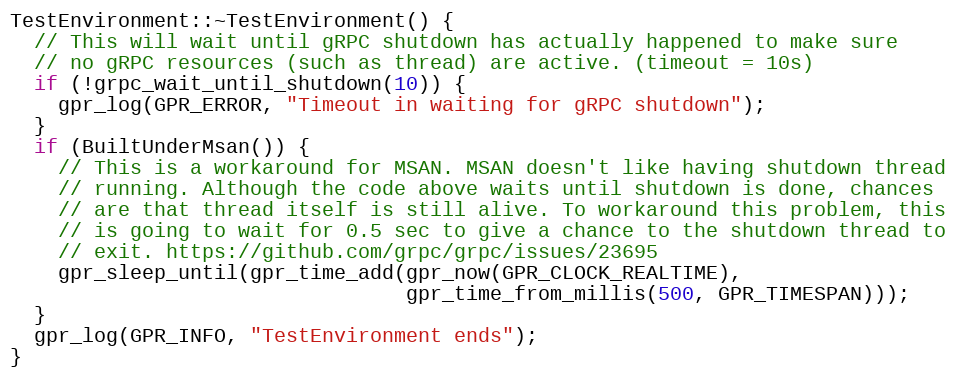
Language: C++
TestEnvironment::~TestEnvironment() {
  // This will wait until gRPC shutdown has actually happened to make sure
  // no gRPC resources (such as thread) are active. (timeout = 10s)
  if (!grpc_wait_until_shutdown(10)) {
    gpr_log(GPR_ERROR, "Timeout in waiting for gRPC shutdown");
  }
  if (BuiltUnderMsan()) {
    // This is a workaround for MSAN. MSAN doesn't like having shutdown thread
    // running. Although the code above waits until shutdown is done, chances
    // are that thread itself is still alive. To workaround this problem, this
    // is going to wait for 0.5 sec to give a chance to the shutdown thread to
    // exit. https://github.com/grpc/grpc/issues/23695
    gpr_sleep_until(gpr_time_add(gpr_now(GPR_CLOCK_REALTIME),
                                 gpr_time_from_millis(500, GPR_TIMESPAN)));
  }
  gpr_log(GPR_INFO, "TestEnvironment ends");
}